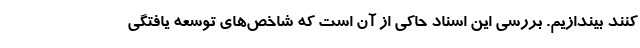
کنند بیندازیم. بررسی این اسناد حاکی از آن است که شاخص‌های توسعه یافتگی